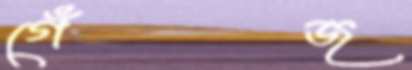
গেঁজ